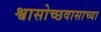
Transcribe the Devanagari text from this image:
श्वासोच्छवासाच्या